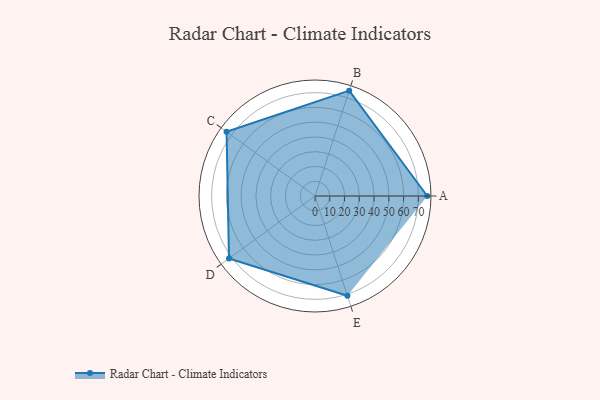
{"axis": {"x": "Skill", "y": "Score"}, "legend": ["Profile"], "data": [{"x": "A", "y": 76.0, "type": "Profile"}, {"x": "B", "y": 75.0, "type": "Profile"}, {"x": "C", "y": 74.0, "type": "Profile"}, {"x": "D", "y": 72.0, "type": "Profile"}, {"x": "E", "y": 71.0, "type": "Profile"}]}